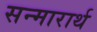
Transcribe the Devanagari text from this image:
सन्मारार्थ